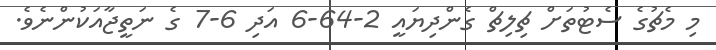
މި މެޗުގެ ސެޓުތަށް ޗިލިޗް ގެންދިޔައީ 2-64-6 އަދި 6-7 ގެ ނަތީޖާއަކުންނެވެ.